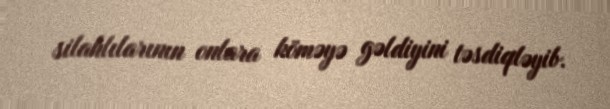
silahlılarının onlara köməyə gəldiyini təsdiqləyib.